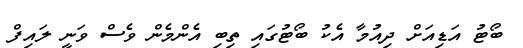
ބޯޓު އަޑިއަށް ދިއުމާ އެކު ބޯޓުގައި ތިބި އެންމެން ވެސް ވަނީ ލައިފް